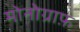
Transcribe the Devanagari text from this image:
मोनोग्राफ़